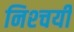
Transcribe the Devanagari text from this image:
निश्‍चयी